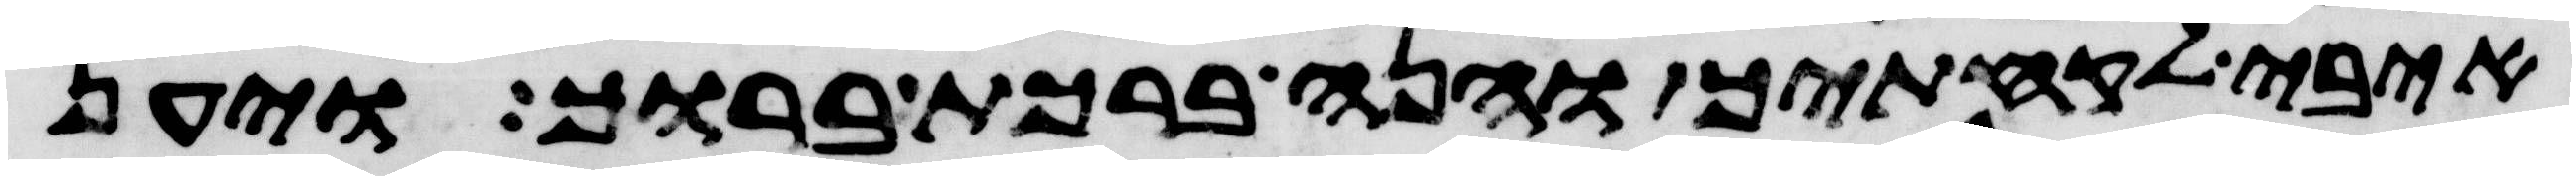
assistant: איבי לקחתיך והנה ברכת ברוך ויען